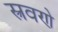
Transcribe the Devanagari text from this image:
स्त्रवणे